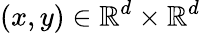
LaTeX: (x,y)\in\mathbb{R}^{d}\times\mathbb{R}^{d}